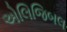
એલિજિબલ